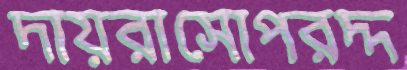
দায়রাসোপরদ্দ